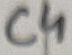
Text: C4